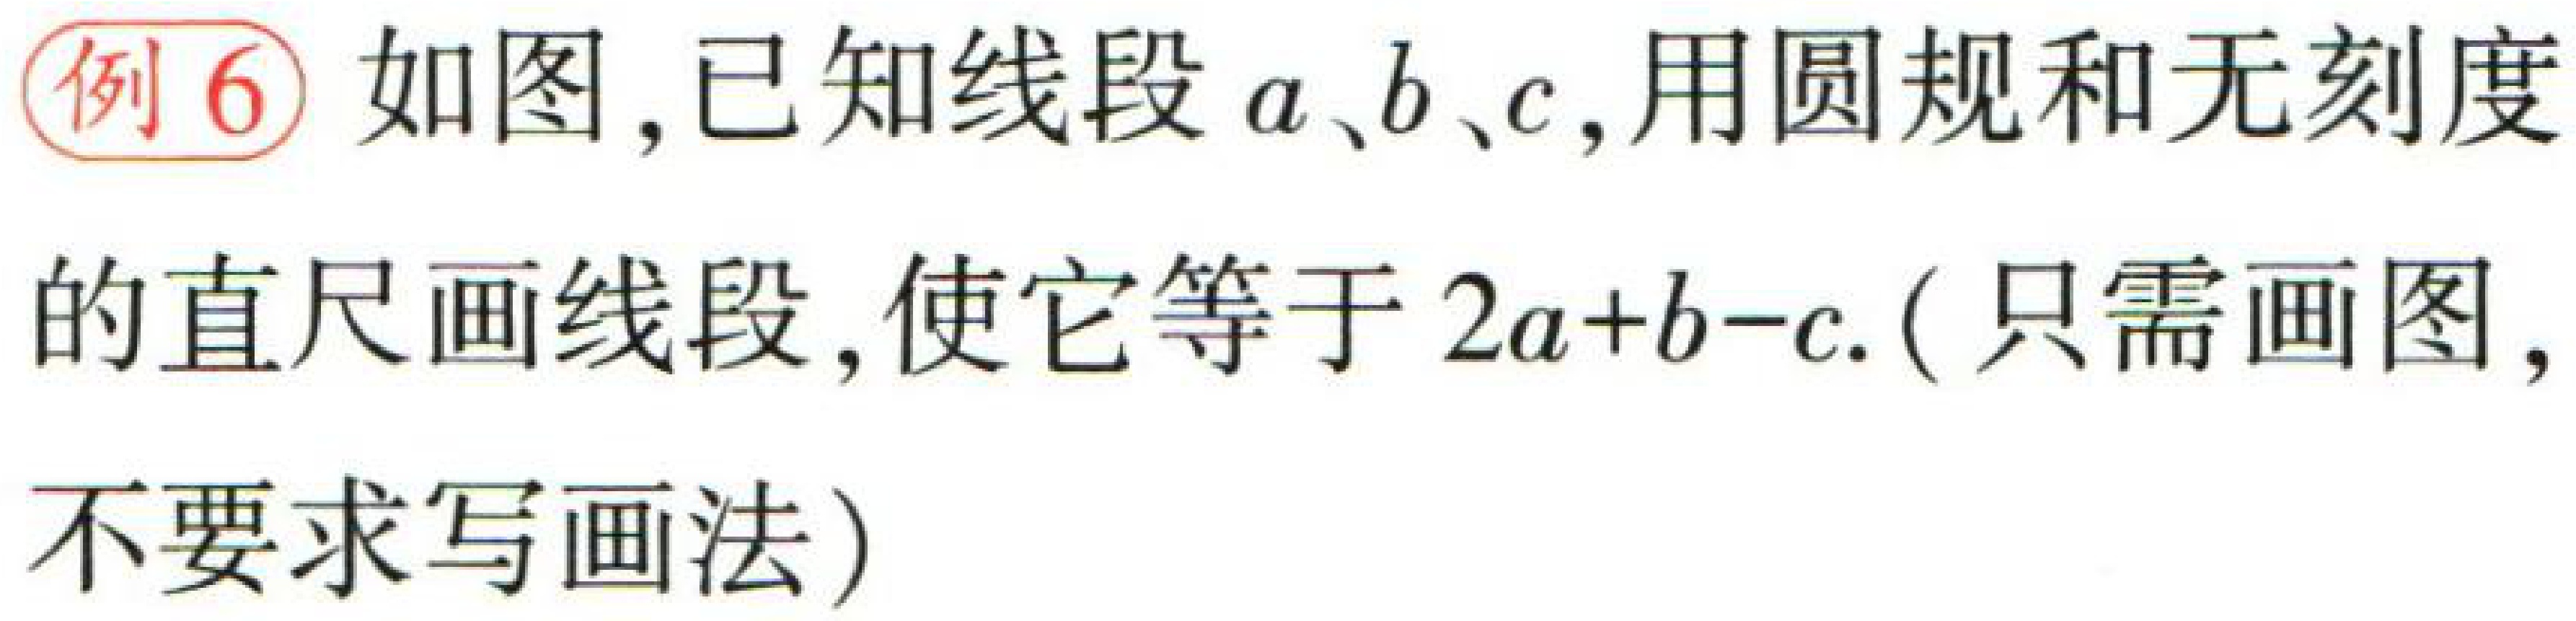
例6 如图，已知线段\(a\)、\(b\)、\(c\)，用圆规和无刻度的直尺画线段，使它等于\(2a + b - c\).（只需画图，不要求写画法）